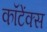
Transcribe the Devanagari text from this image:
कॉटेंक्स